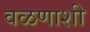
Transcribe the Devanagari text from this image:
वळणाशी